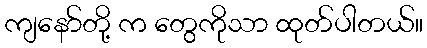
ကျနော်တို့ က တွေကိုသာ ထုတ်ပါတယ်။